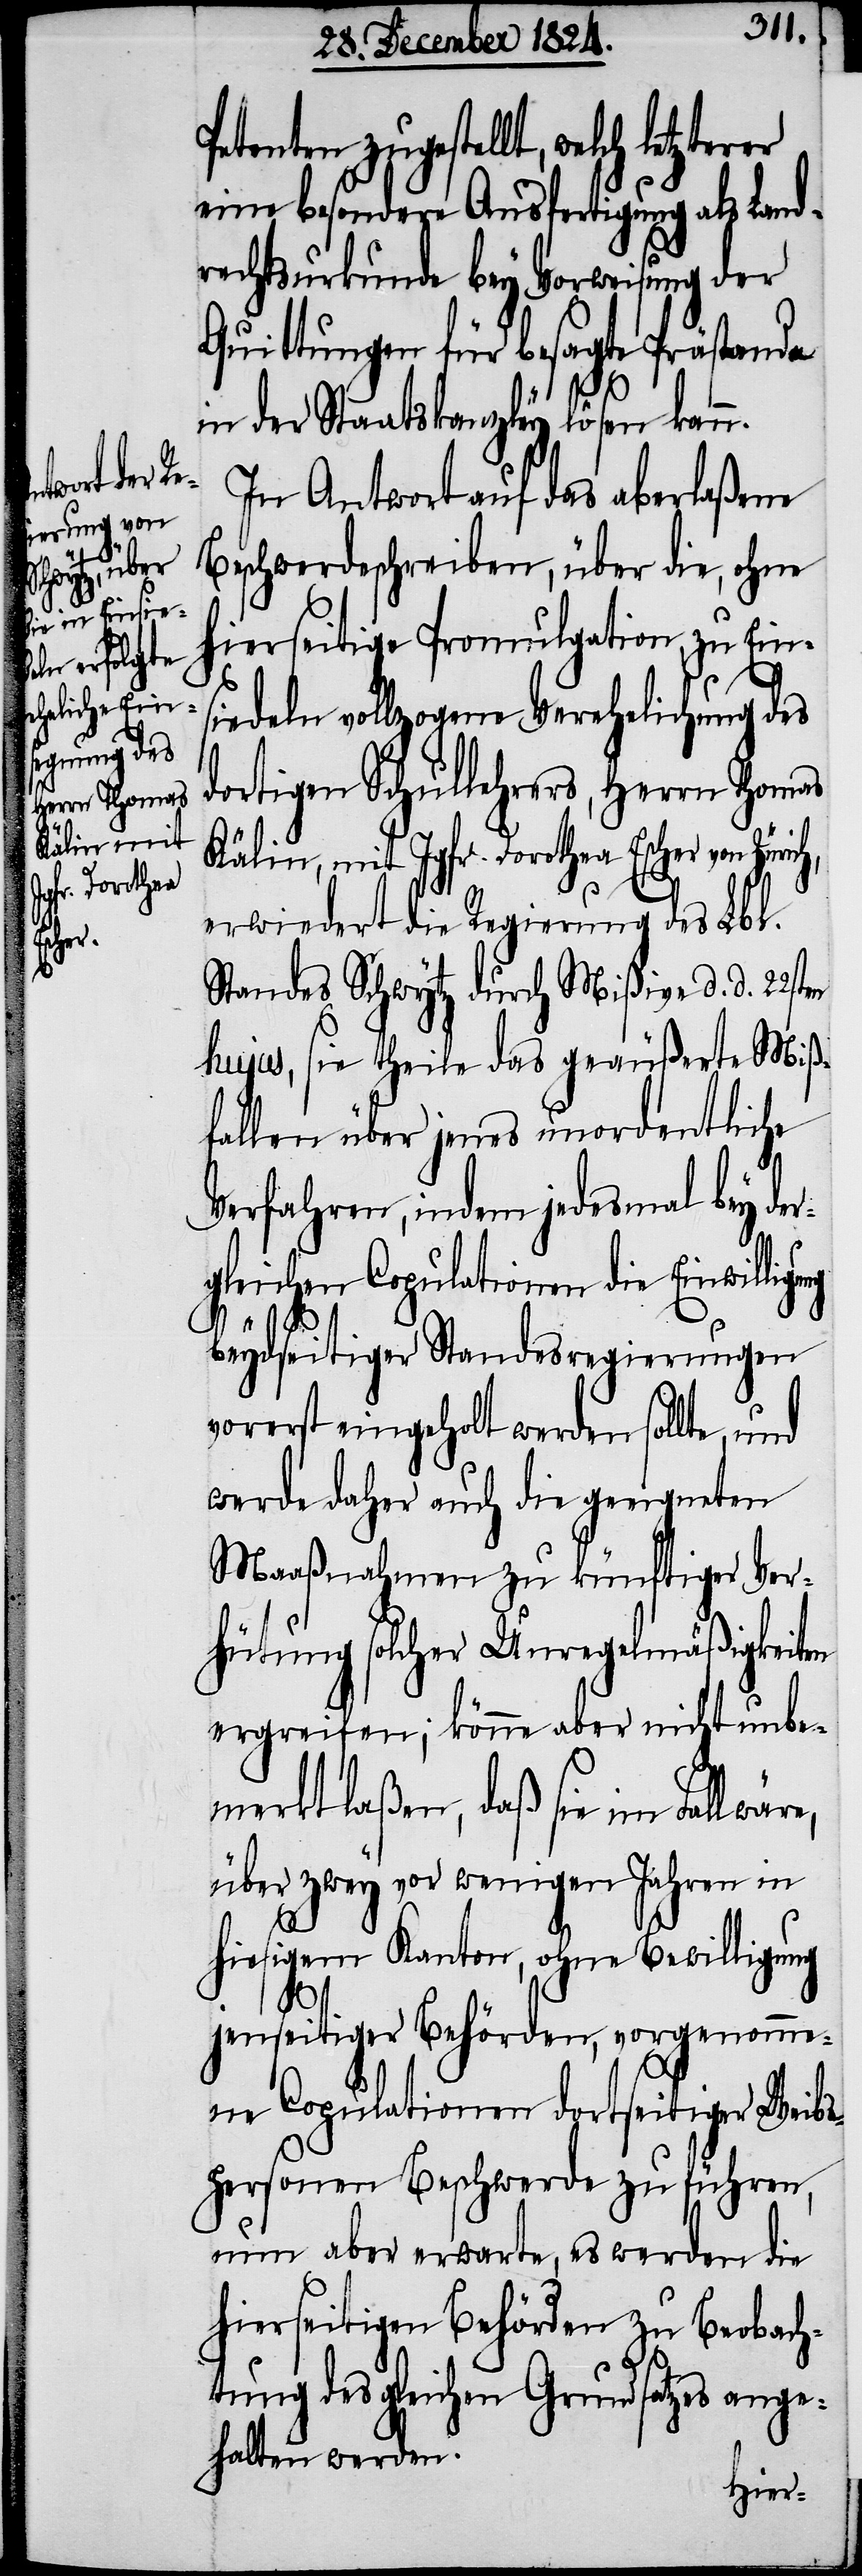
tzterer

Petenten zugestellt, welch le¬
eine besondere Ausfertigung als Land¬
rechtsurkunde bey Vorweisung der
Quittungen für besagte Prästande
in der Staatskanzley lösen kann.
In Antwort auf das aberlaßene
Beschwerdeschreiben, über die, ohne
hierseitige Promulgation, zu Ein¬
siedeln vollzogene Verehelichung des
dortigen Schullehrers, Herrn Thomas
Kälin, mit Jgfr. Dorothea Escher von Züri¬
e,
erwiedert die Regierung des Lbl.
Standes Schwytz durch Mißive d. d. 22st¬
hujus, sie theile das geäußerte Miß¬
fallen über jenes unordentliche
Verfahren, indem jedesmal bey der¬
gleichen Copulationen die Einwillig¬
beydseitiger Standesregierungen
vorerst eingeholt werden sollte, und
werde daher auch die geeigneten
Maaßnahmen zu künftiger Ver¬
hütung solcher Unregelmäßigkeiten
ergreifen; könne aber nicht unbe¬
merkt laßen, daß sie im Fall wär¬
über zwey vor wenigen Jahren in
en
hiesigem Kanton, ohne Bewilligung
jenseitiger Behörden, vorgenomme¬
ne Copulationen dortseitiger Weibs¬
personen Beschwerde zu führen,
nun aber erwarte, es werden die
hierseitigen Behörden zu Beobach¬
tung des gleichen Grundsatzes ange¬
halten werden.